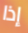
إذا